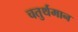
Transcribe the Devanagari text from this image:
चतुर्थमान